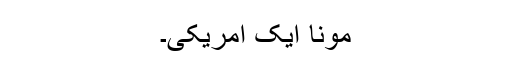
مونا ایک امریکی۔